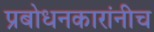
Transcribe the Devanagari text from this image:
प्रबोधनकारांनीच